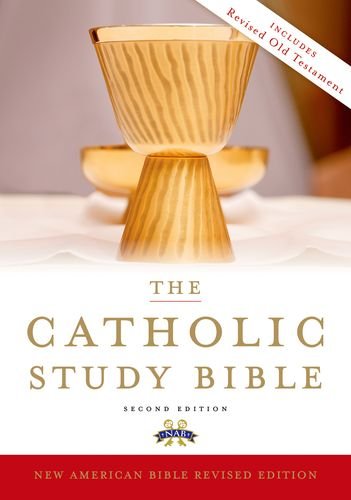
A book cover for Catholic Study Bible; Christian Books & Bibles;